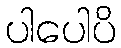
ပါပေါပိ